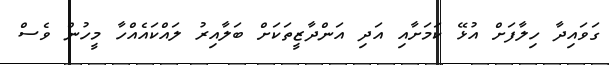
ގަވައިދާ ހިލާފަށް އުޅޭ ކަމަށާއި އަދި އަންދާޒީތަކަށް ބަލާއިރު ލައްކައެއްހާ މީހުން ވެސް